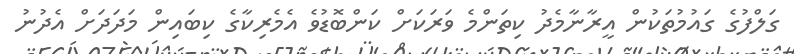
ގަލްފުގެ ގައުމުތަކުން އީރާނާމެދު ކިތަންމެ ވަރަކަށް ކަންބޮޑުވެ އެމެރިކާގެ ކިބައިން މަދަދަށް އެދުނު